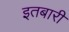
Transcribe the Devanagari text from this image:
इतबारी